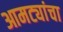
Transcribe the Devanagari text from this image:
आमट्यांचा